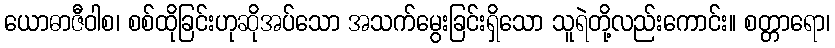
ယောဓာဇီဝါစ၊ စစ်ထိုခြင်းဟုဆိုအပ်သော အသက်မွေးခြင်းရှိသော သူရဲတို့လည်းကောင်း။ စတ္တာရော၊